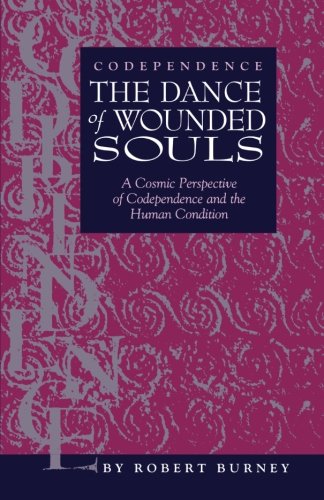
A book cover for Codependence The Dance of Wounded Souls: A Cosmic Perspective of Codependence and the Human Condition; Robert Burney; Self-Help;